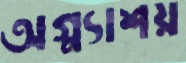
অগ্ন্যাশয়